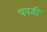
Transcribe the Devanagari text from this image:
पपडी़